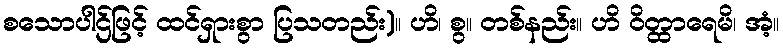
စသောပါဌ်ဖြင့် ထင်ရှားစွာ ပြသတည်း)။ ဟိ၊ စွ။ တစ်နည်း။ ဟိ ဝိတ္ထာရေမိ၊ အံ့။